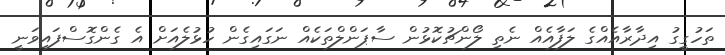
ތަހުގީގު އިދާރާއެއްގެ ލަފާއެއް ނެތި ލޯންޗުކޮޅުން ސާޕަންލްތަކެއް ނަގައިގެން ހުޅުލެއަށް އެ ގެންގޮސްފައިވަނީ